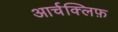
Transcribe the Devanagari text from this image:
आर्चक्लिफ़